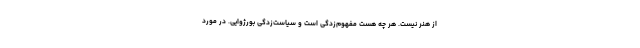
از هنر نیست. هر چه هست مفهوم‌زدگی است و سیاست‌زدگی بورژوایی. در مورد